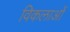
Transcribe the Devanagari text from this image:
विकलाओं